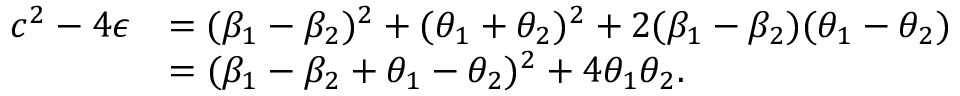
\begin{array} { r l } { c ^ { 2 } - 4 \epsilon } & { = ( \beta _ { 1 } - \beta _ { 2 } ) ^ { 2 } + ( \theta _ { 1 } + \theta _ { 2 } ) ^ { 2 } + 2 ( \beta _ { 1 } - \beta _ { 2 } ) ( \theta _ { 1 } - \theta _ { 2 } ) } \\ & { = ( \beta _ { 1 } - \beta _ { 2 } + \theta _ { 1 } - \theta _ { 2 } ) ^ { 2 } + 4 \theta _ { 1 } \theta _ { 2 } . } \end{array}